Report of the Municipal Commissioner on the plague in Bombay for the year ending 31st May... - Volume 1
Disease focus: Plague
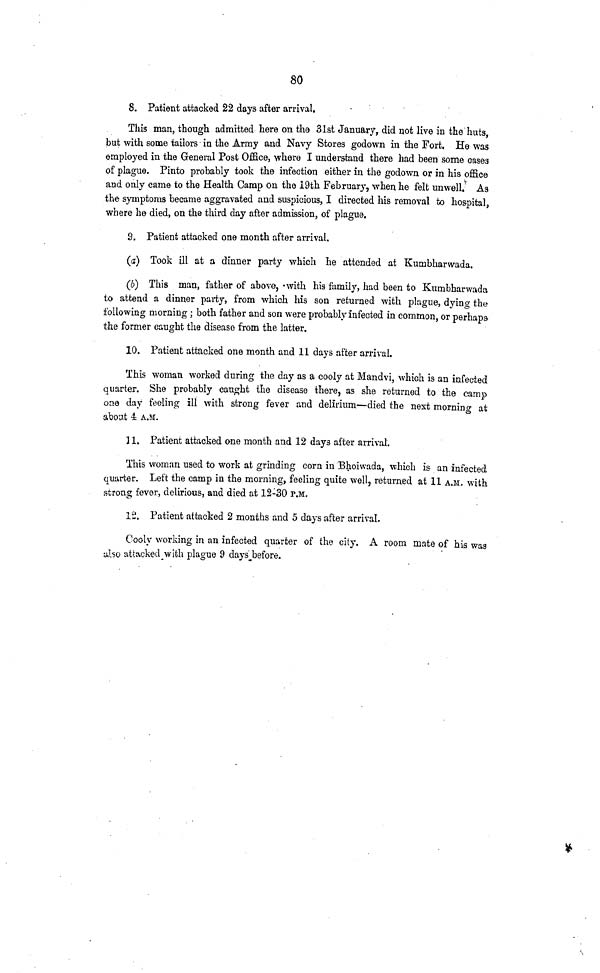
80
8. Patient attacked 22 days after arrival.
This man, though admitted here on the 31st January, did not live in the huts,
but with some tailors in the Army and Navy Stores godown in the Fort. He was
employed in the General Post Office, where I understand there had been some cases
of plague. Pinto probably took the infection either in the godown or in his office
and only came to the Health Camp on the 19th February, when he felt unwell. As
the symptoms became aggravated and suspicious, I directed his removal to hospital,
where he died, on the third day after admission, of plague.
9. Patient attacked one month after arrival.
(a) Took ill at a dinner party which he attended at Kumbharwada.
(b) This man, father of above, with his family, had been to Kumbharwada
to attend a dinner party, from which his son returned with plague, dying the
following morning ; both father and son were probably infected in common, or perhaps
the former caught the disease from the latter.
10. Patient attacked one month and 11 days after arrival.
This woman worked during the day as a cooly at Mandvi, which is an infected
quarter. She probably caught the disease there, as she returned to the camp
one day feeling ill with strong fever and delirium—died the next morning at
about 4 A.M.
] 1. Patient attacked one month and 12 days after arrival.
This woman used to work at grinding corn in Bhoiwada, which is an infected
quarter. Left the camp in the morning, feeling quite well, returned at 11 A.M. with
strong fever, delirious, and died at 12-30 P.M.
12. Patient attacked 2 months and 5 days after arrival.
Cooly working in an infected quarter of the city. A room mate of his was
also attacked with plague 9 days before.